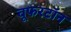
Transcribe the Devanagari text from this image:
वूफरटॉन